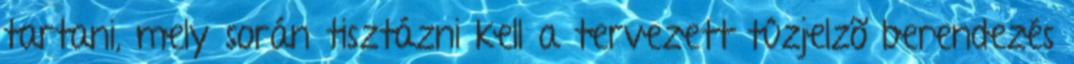
tartani, mely során tisztázni kell a tervezett tûzjelzõ berendezés